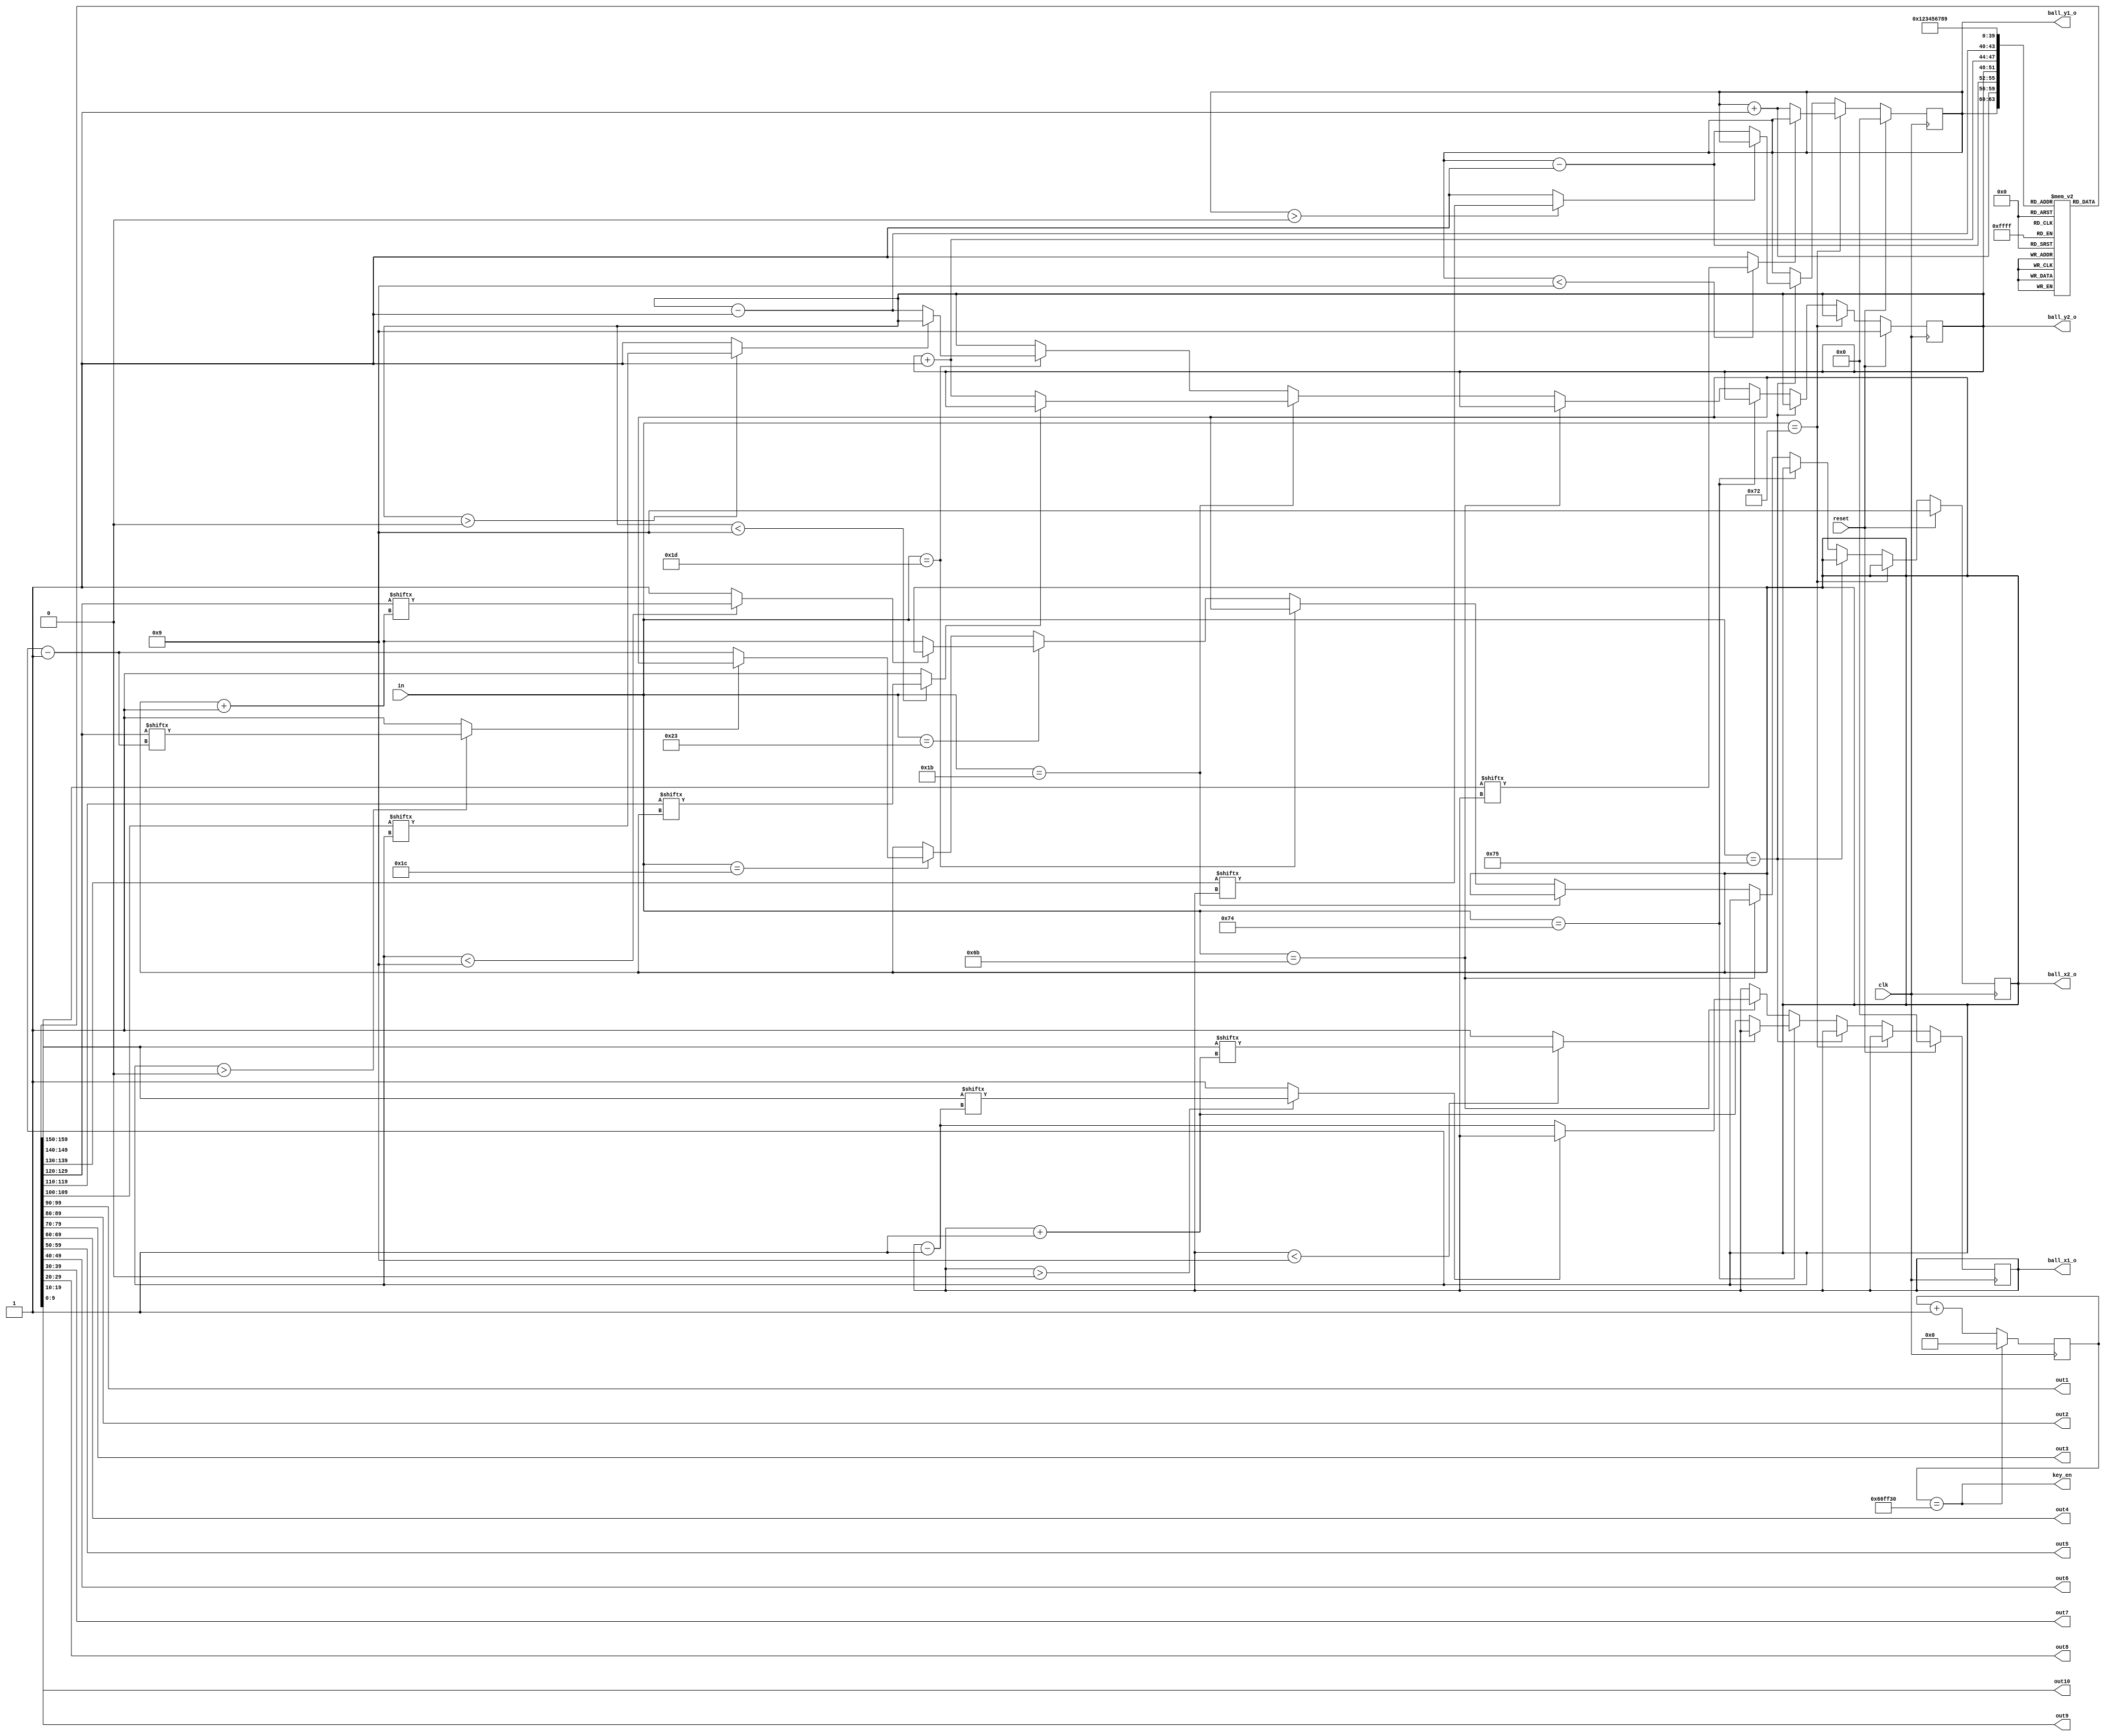
`timescale 1ns / 1ps
//////////////////////////////////////////////////////////////////////////////////
// Company: 
// Engineer: 
// 
// Design Name: 
// Module Name:    game_controller 
// Project Name: 
// Target Devices: 
// Tool versions: 
// Description: 
//
// Dependencies: 
//
// Revision: 
// Revision 0.01 - File Created
// Additional Comments: 
//
/////x/////////////////////////////////////////////////////////////////////////////
module game_controller#(parameter N=10)(
	input [7:0] in,
	input clk,reset,
	
	output [3:0] ball_x1_o, ball_y1_o,ball_x2_o,ball_y2_o,
	output [N-1:0] out1,out2,out3,out4,out5,out6,out7,out8,out9,out10,
	output key_en
    );
	 reg [N-1:0] maze [N-1:0];
	 reg [3:0] ball_x1=0;
	 reg [3:0] ball_y1=0;
	 reg [3:0] ball_x2=9;
	 reg [3:0] ball_y2=9;
	 
	 reg [25:0] clk_count;
	 wire c_end;
	 wire led1,led2,led3,led4;
	 assign c_end=(clk_count==26'd6_750_000);
	 
	 
	 assign led1 = (ball_x1<4'd9) ? maze[ball_y1][ball_x1+4'b1]:1;
	 assign led2 =(ball_x1>4'd0)? maze[ball_y1][ball_x1-4'b1]:1;
	 assign led3 = (ball_y1<4'd9) ? maze[ball_y1+4'b1][ball_x1]:1;
	 assign led4 = (ball_y1>4'd0) ? maze[ball_y1-4'b1][ball_x1]:1;
	 wire right,left,down,up;
	 assign right = (ball_x2<4'd9) ? maze[ball_y2][ball_x2+4'b1]:1;
	 assign left =(ball_x2>4'd0)? maze[ball_y2][ball_x2-4'b1]:1;
	 assign down = (ball_y2<4'd9) ? maze[ball_y2+4'b1][ball_x2]:1;
	 assign up = (ball_y2>4'd0) ? maze[ball_y2-4'b1][ball_x2]:1;
	 
	 assign out1=maze[0];
	 assign out2=maze[1];
	 assign out3=maze[2];
	 assign out4=maze[3];
	 assign out5=maze[4];
	 assign out6=maze[5];
	 assign out7=maze[6];
	 assign out8=maze[7];
	 assign out9=maze[8];
	 assign out10=maze[9];
	 
	 
	 always@(posedge clk)
	 begin
		
		
		begin
			clk_count<=clk_count+1;
			if(c_end)
			begin
				clk_count<=0;
			end
		end
	end 
	 
	 assign ball_x1_o[3:0]=ball_x1[3:0];
	 assign ball_y1_o[3:0]=ball_y1[3:0];
	 assign ball_x2_o[3:0]=ball_x2[3:0];
	 assign ball_y2_o[3:0]=ball_y2[3:0];
	 
	 initial begin
		 maze[0]=10'b0010101010;
		 maze[1]=10'b0000100010;
		 maze[2]=10'b1110101010;
		 maze[3]=10'b1000101110;
		 maze[4]=10'b0011101000;
		 maze[5]=10'b0000000010;
		 maze[6]=10'b1111110010;
		 maze[7]=10'b0001000110;
		 maze[8]=10'b0101010010;
		 maze[9]=10'b0100010000;
	 end
	 
	assign key_en=c_end;	
	
	 always@(posedge clk)
	 begin
		if(reset)
			begin
				ball_x1=0;
				ball_y1=0;
				ball_x2=9;
				ball_y2=9;
			end
		else //if(c_end )
			begin
			//First player
			if(in==8'h72)begin
				if(!led3)
				begin
					ball_y1=ball_y1+4'b0001;	//down
				end
			end
			else if(in==8'h75)begin
					if(!led4) begin
						ball_y1=ball_y1-4'b0001;//up
						
					end
			end
			else if(in==8'h74)begin
					if(!led1) begin
						ball_x1=ball_x1+4'b0001;//right
						
						
					end
			end
			else if(in==8'h6B)begin
					if(!led2) begin
						ball_x1=ball_x1-4'b0001;	//left
					end
			
			end
			//2nd player
			
			else if(in==8'h1B)begin
				if(!down)
				begin
					ball_y2=ball_y2+4'b0001;	//down
				end
			end
			else if(in==8'h1D)begin
					if(!up) begin
						ball_y2=ball_y2-4'b0001;//up
					end
			end
			else if(in==8'h23)begin
					if(!right) begin
						ball_x2=ball_x2+4'b0001;//right
					end
			end
			else if(in==8'h1C)begin
					if(!left) begin
						ball_x2=ball_x2-4'b0001;	//left
					end
			
			end
			else begin ball_x1=ball_x1;
						  ball_y1=ball_y1;
							ball_x2=ball_x2;
						  ball_y2=ball_y2;
			end
		
		end
	end

endmodule